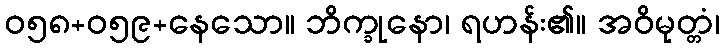
ဝ၅၈+၀၅၉+နေသော။ ဘိက္ခုနော၊ ရဟန်း၏။ အဝိမုတ္တံ၊